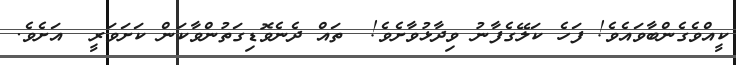
ކީއްވެގެންބާވައެވެ! ފަހެ ކަލޭގެފާނު ވިދާޅުވާށެވެ!  ތައް ދެނެވޮޑިގަތުންވާކަން ކަށަވަރީ  އަށެވެ.